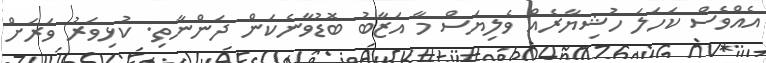
އެއްވެސް ކަހަލަ ހުޝިޔާރެއް ވެލިޔަސް މާ އަޒާބު ބޮޑުވާނެކަން ދަންނާތި. ކުޅިވަރު ވަރަށް